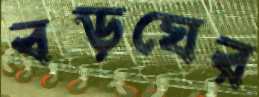
বড়ঘের